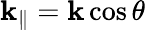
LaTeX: \mathbf{k}_{\| }=\mathbf{k}\cos\theta